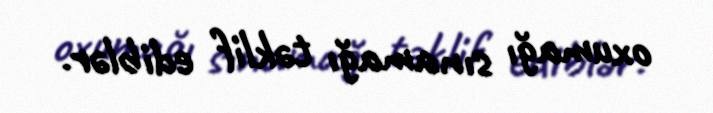
oxumağı sınamağı təklif ediblər.